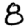
Digit: 8